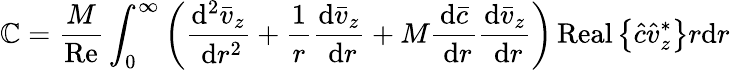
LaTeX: \mathbb{C}=\frac{{M}}{{\operatorname{Re}}}\int_{0}^{\infty}\left(\frac{{\mathrm{{d}}^{2}\bar{{v}}_{z}}}{{\mathrm{{~d}}r^{2}}}+\frac{{1}}{{r}}\frac{{\mathrm{{d}}\bar{{v}}_{z}}}{{\mathrm{{~d}}r}}+M\frac{{\mathrm{{d}}\bar{{c}}}}{{\mathrm{{~d}}r}}\frac{{\mathrm{{d}}\bar{{v}}_{z}}}{{\mathrm{{~d}}r}}\right)\operatorname{Real}\left\{ \hat{{c}}\hat{{v}}_{z}^{*}\right\} r\mathrm{{d}}r